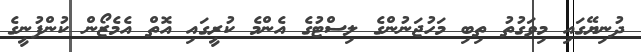
ދުނިޔޭގައި މިވަގުތު ތިބި މަހުޖަނުންގެ ލިސްޓުގެ އެންމެ ކުރީގައި އޮތް އެމެޒޯން ކުންފުނީގެ